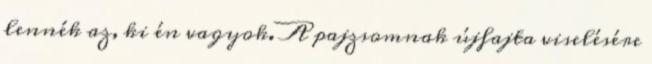
lennék az, ki én vagyok. A pajzsomnak újfajta viselésére